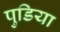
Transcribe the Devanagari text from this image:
पुडिया